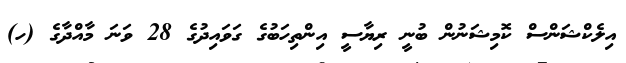
އިލެކްޝަންސް ކޮމިޝަނުން ބުނީ ރިޔާސީ އިންތިހަބުގެ ގަވައިދުގެ 28 ވަނަ މާއްދާގެ (ހ)